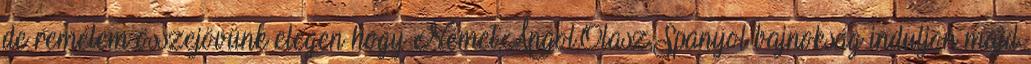
de remélem összejövünk elegen hogy Német,Angol,Olasz,Spanyol bajnokság induljon majd